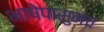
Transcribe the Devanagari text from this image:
भाषेपासुनच